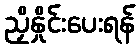
ညှိနှိုင်းပေးရန်